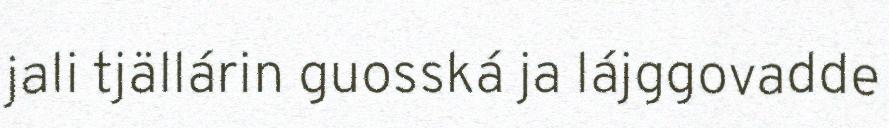
jali tjällárin guosská ja lájggovadde